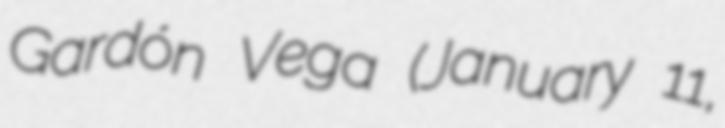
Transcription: Gardón Vega (January 11,